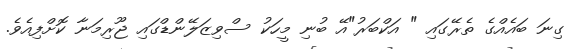
ގިނަ ބައެއްގެ ތެރޭގައި " އަކްބަރު"އޭ ބުނި މީހަކު ސްވިޒަލޭންޑްގައި ޖޫރިމަނާ ކޮށްފިއެވެ.